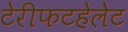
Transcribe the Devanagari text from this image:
टेरीफटहेलेट